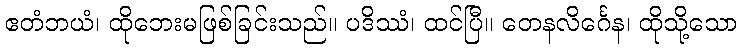
ဧတံဘယံ၊ ထိုဘေးမဖြစ်ခြင်းသည်။ ပဒိဿံ၊ ထင်ပြီ။ တေနလိင်္ဂေန၊ ထိုသို့သော